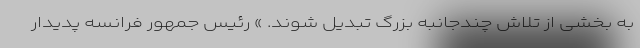
به بخشی از تلاش چندجانبه بزرگ تبدیل شوند. » رئیس جمهور فرانسه پدیدار